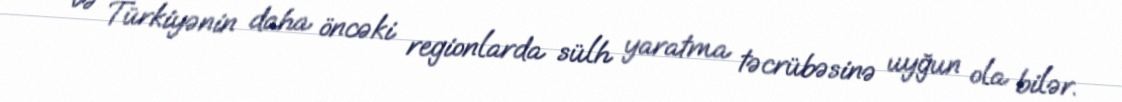
və Türkiyənin daha öncəki regionlarda sülh yaratma təcrübəsinə uyğun ola bilər.